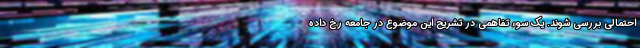
احتمالی بررسی شوند. یک سوء تفاهمی در تشریح این موضوع در جامعه رخ داده